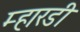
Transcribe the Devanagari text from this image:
म्हारडी